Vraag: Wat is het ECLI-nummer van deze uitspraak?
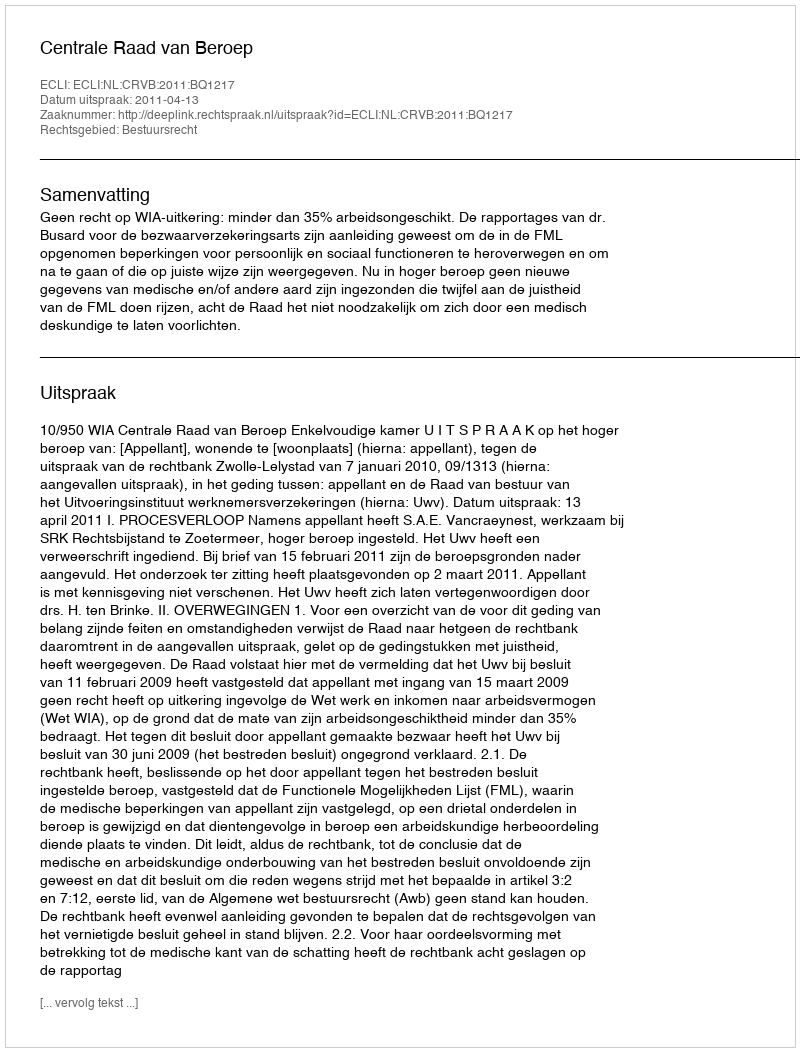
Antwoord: ECLI:NL:CRVB:2011:BQ1217